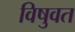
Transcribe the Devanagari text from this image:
विषुवत